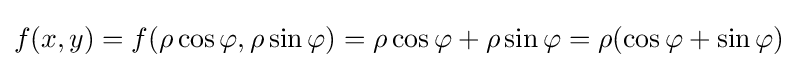
f(x,y)=f(\rho \cos \varphi ,\rho \sin \varphi )=\rho \cos \varphi +\rho \sin \varphi =\rho (\cos \varphi +\sin \varphi )